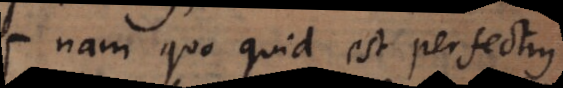
nam quo quid est perfectius,